Vital statistics of India. Vol. VI, European troops 1870-79
Year: 1870
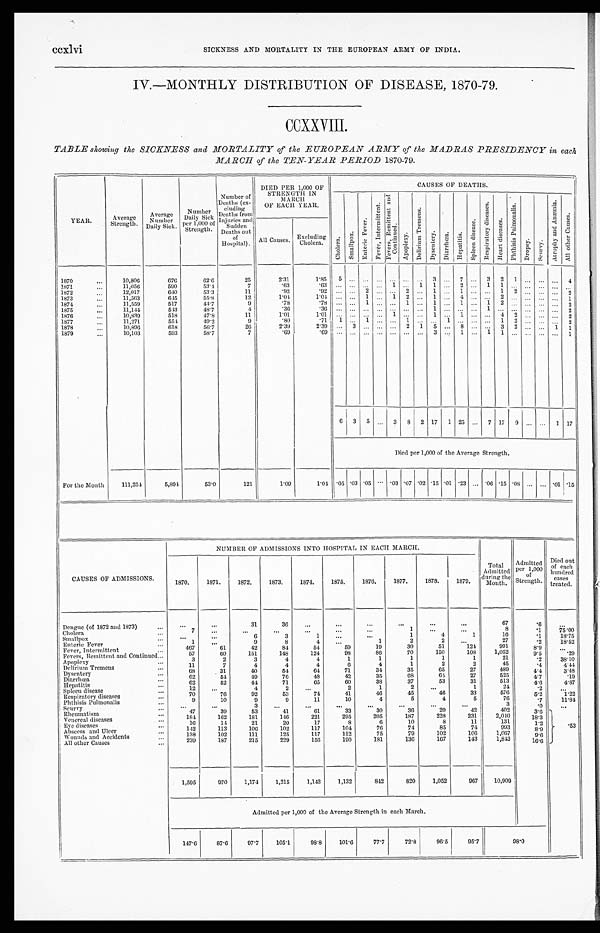
ccxlvi
SICKNESS AND MORTALITY IN THE EUROPEAN ARMY OF INDIA.
IV.—MONTHLY DISTRIBUTION OF DISEASE, 1870-79.
CCXXVIII.
TABLE showing the SICKNESS and MORTALITY of the EUROPEAN ARMY of the MADRAS PRESIDENCY in each
MARCH of the TEN-YEAR PERIOD 1870-79.
YEAR.
Average
Strength.
Average
N u m b e r
Daily Sick.
N u m b e r
Daily Si
c k p e r 1 , 0 0 0 o f S t r e n g t h .
Number of
Deaths (ex-
cluding
Deaths from
Injuries and
Sudden
Deaths
o u t
of
Hospital).
DIED PER 1,000 OF
STRENGTH IN
MARCH
OF EACH YEAR.
CAUSES OF DEATHS.
C h o l e r a .
Sma l l p o x .
En t e r i c F e v e r .
F e v e r , I n t e r m i t t e n t .
F e v e r s , R e m i t t e n t a n d C o n t i n u e d .
A p o p l e x y .
D e l i r i u m T r e m e n s .
D y s e n t e r y
D i a r r h œ a .
H e p a t i t i s .
S p l e e n d i s e a s e .
R e s p i r a t o r y d i s e a s e s .
H e a r t d i s e a s e s .
Ph t h i s i s Pu l mo n a l i s .
D r o p s y .
S c u r v y .
A t r o p h y a n d A n æ m i a .
A l l o t h e r C a u s e s .
All Causes.
Excluding
Cholera .
1870
. . .
10,806
676
62.6
25
2.31
1.85
5
...
...
...
. . .
...
...
3
...
7
...
3
2
1
. . .
. . . ...
4
1871
. . .
11,056
590
53.4
7
.63
. 6 3
... ...
...
...
1 ...
1
1
...
2
. . .
1
1
...
. . .
. . . ...
...
1872
. . .
12,017
640
53.3
11
.92
.92
...
...
2 ...
. . .
2 ..
1
. . . 1
. . .
. . . 1
2
. . .
. . . ...
2
1873
. . .
11,563
645
55.8
12
1.04
1.04
...
...
1
...
1
2
...
1
...
4
. . .
. . .2
...
. . .
. . . ...
1
1874
. . .
11,559
517
44.7
9
.78
. 7 8...
...
1
...
. . .1
...
1
. . . 1
. . .
1 2
...
. . .
. . . ...
2
1875
...
11,144
543
48.7
4
.36
. 3 6...
...
...
...
. . . ..
...
1
. . .
...
. . .
1 ...
...
. . . ...
...
2
1876
. . .
10,839
518
47.8
11
1.01
1.01 ...
...
... ...
1
...
1
. . . 1
. . .
. . .4
2
. . .
. . . ...
2
1877
...
11,271
554
49.2
9
.80
. 7 11
...
1
...
. . .
...
. . .
1 ...
. . .
. . .1
2
. . .
. . .
2
1878
. . .
10,896
618
56.7
20
2.39
2 . 3 9...
3
...
...
. . . 2
1
5
. . . 8
. . .
. . .3
2
. . .
. . . 1
1
1879
. . .
10,103
593
58.7
7
.69
. 6 9...
...
...
...
. . .
...
3
. . . 1
. . .
1 1
...
...
1
6
3
5 ...
3
8
2
17
1
25
. . . 7
17
9
. . .
. . .
1
17
Died per 1,000 of the Average Strength.
For the Month
111,254
5,894
53.0
121
1.09
1.04 .05 .03 .05 ...
. 0 3 .07 .02 .15 .01
.23 ... .06 .15 .08
...
...
.01
.15
CAUSES OF ADMISSIONS.
NUMBER OF ADMISSIONS INTO HOSPITAL IN EACH MARCH.
Total
Admitted
during the
M o n t h .
Admitted
per 1,000
of
Strength.
Died out
of each
hundred
c a s e s t r e a t e d .
1870.
1871.
1872.
1873.
1871.
1875.
1876.
1877.
1878.
1879.
Dengue (of 1872 and 1873
. . .
...
. . .
31
36
...
...
. . .
...
. . .
. . .
67
.6
. . .
Cholera
. . .
7
. . .
...
. . .
. . .
. . .
1
. . .
. . .
8
.1
75.00
Smallpox
. . .
. . .
. . .
6
3
1
. . .
. . .
1
4
1
16
.1
18.75
E n t e r i c F e v e r
. . .
1
. . .
9
8
4
. . .
1
2
2
. . .
27
.2
18.52
F
ver, Intermittent
. . .
467
61
42
84
54
59
19
30
51
124
991
8.9
. . .
Fevers, Remittent and Coninue
d
. . .
57
60
151
148
124
98
86
70
150
108
1,052
9.5
.29
Apoplexy
. . .
3
2
3
4
4
1
1
1
1
1
21
.2
38.10
Delirium Tremens
. . .
11
7
4
4
4
6
4
1
2
2
45
.4
4.44
Dysentery
. . .
68
31
40
54
64
71
34
35
65
27
489
4.4
3.48
Diarrhæa
. . .
62
54
49
76
48
42
35
68
64
27
525
4.7
.19
H e p a t i t i s
. . .
62
52
4 4
71
65
60
38
37
53
31
513
4 .6
4 .87
Spleen disease
. . .
12
. . .
4
2
. . .
2
1
2
. . .
1
24
.2
. . .
Respiratorydiseases
. . .
70
76
92
53
74
41
46
45
46
33
576
5.2
1.22
Phthisis Pulmonalis
. . .
9
10
9
9
11
10
4
5
4
5
76
.7
11.84
Scurvy
. . .
. . .
. . .
3
. . .
. . .
. . .
. . .
. . .
...
...
3
. 0
. . .
Rheumatism
. . .
47
39
53
41
61
33
30
36
20
42
402
3.6
.53
Venereal diseases
. . .
184
162
181
146
221
295
205
187
228
231
2,040
18.3
Eye diseases
. . .
16
14
21
20
17
8
6
10
8
11
131
1.2
Abscess and Ulcer
. . .
142
113
106
102
117
104
76
74
85
74
993
8.9
Wounds and Accidents
. . .
138
102
111
125
117
112
75
79
102
106
1,067
9.6
All other Causes
. . .
...
239
187
215
229
156
190
181
136
167
143
1,843
16.6
1,595
970
1,174
1,215
1,142
1,132
8 4 2
820
1,052
967
10,909
Admitted per 1,000 of the Average Strength in each March.
147.6
87.6
97.7
105.1
98.8
101.6
77.7
72.8
96.5
95.7
9 8 . 0